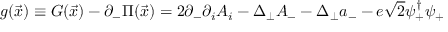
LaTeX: g ( { \vec { x } } ) \equiv G ( { \vec { x } } ) - \partial _ { - } \Pi ( { \vec { x } } ) = 2 \partial _ { - } \partial _ { i } A _ { i } - \Delta _ { \perp } A _ { - } - \Delta _ { \perp } a _ { - } - e \sqrt { 2 } \psi _ { + } ^ { \dagger } \psi _ { + }